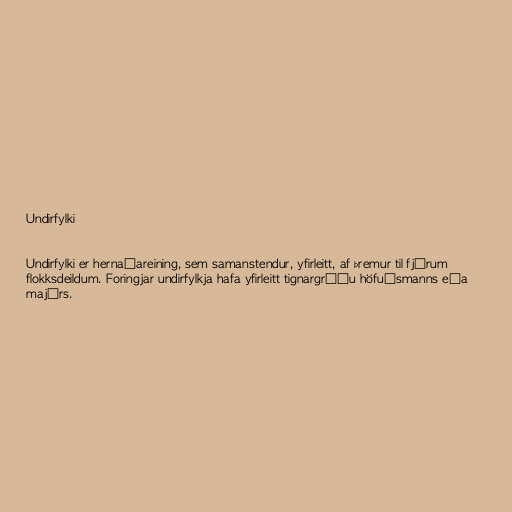
Undirfylki

Undirfylki er hernaðareining, sem samanstendur, yfirleitt, af þremur til fjórum
flokksdeildum. Foringjar undirfylkja hafa yfirleitt tignargráðu höfuðsmanns eða
majórs.